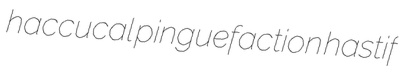
haccucal pinguefaction hastif